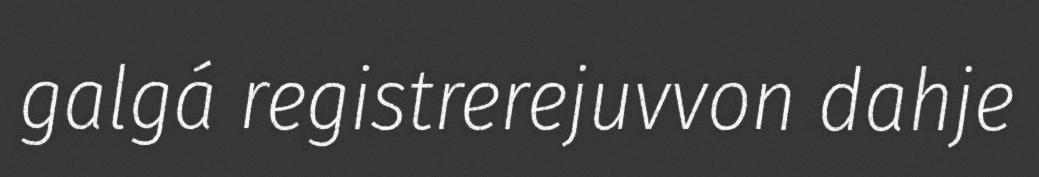
galgá registrerejuvvon dahje